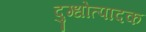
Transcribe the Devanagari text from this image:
दुग्धोत्पादक